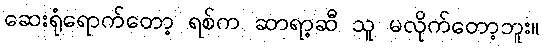
ဆေးရုံရောက်တော့ ရစ်က ဆာရာ့ဆီ သူ မလိုက်တော့ဘူး။